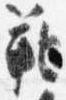
範